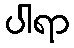
ပါရာ